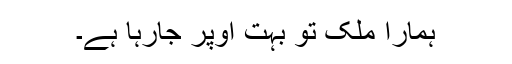
ہمارا ملک تو بہت اوپر جارہا ہے۔